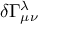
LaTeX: \delta \Gamma _ { \mu \nu } ^ { \lambda }